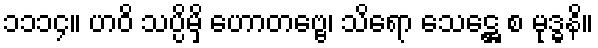
၁၁၁၄။ ဟဝိ သပ္ပိမှိ ဟောတဗ္ဗေ၊ သိရော သေဋ္ဌေ စ မုဒ္ဓနိ။